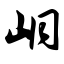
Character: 峒